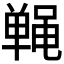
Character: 𬹤